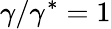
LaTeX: \gamma/\gamma^{*}=1